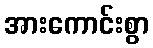
အားကောင်းစွာ